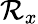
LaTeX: \mathcal{R}_{x}